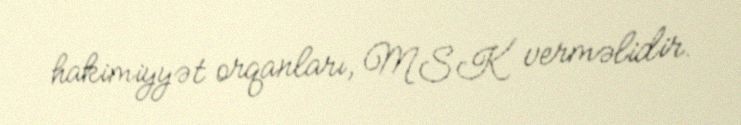
hakimiyyət orqanları, MSK verməlidir.